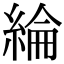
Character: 綸